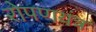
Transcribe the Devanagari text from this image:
रोपणयंत्र